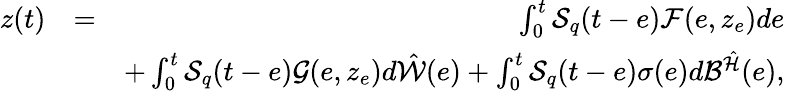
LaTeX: \begin{array}{rlr}{z(t)}&{=}&{\int_{0}^{t}{\cal S}_{q}(t-e){\cal F}(e,z_{e})de}\\ &{}&{+\int_{0}^{t}{\cal S}_{q}(t-e){\cal G}(e,z_{e})d\hat{\cal W}(e)+\int_{0}^{t}{\cal S}_{q}(t-e)\sigma(e)d{\cal B}^{\hat{\cal H}}(e),}\end{array}